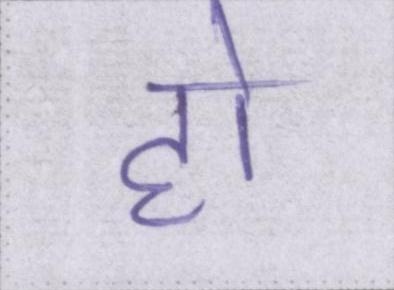
हो